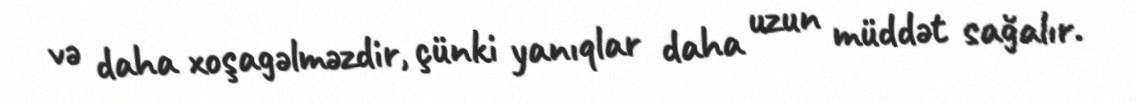
və daha xoşagəlməzdir, çünki yanıqlar daha uzun müddət sağalır.